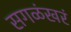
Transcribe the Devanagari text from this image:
सगळंखरं